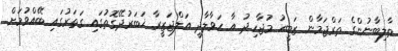
ތާލިބާނުންގެ ތަރްޖަމާން ޒަބީހު މުޖާހިދު އާ ޙަވާލާދީ އަލްޖަޒީރާ ޚަބަރުދޭގޮތުގައި ގަތަރުގައި ބޭއްވުމަށް